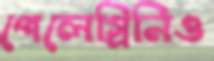
পেলেগ্রিনিও